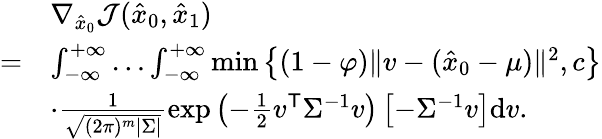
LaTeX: \begin{array}{rl}&{\nabla_{\hat{x}_{0}}\mathcal{J}(\hat{{x}}_{0},\hat{{x}}_{1})}\\ {=}&{\int_{-\infty}^{+\infty}\ldots\int_{-\infty}^{+\infty}\operatorname*{min}\big\{ (1-\varphi)\| {v}-(\hat{{x}}_{0}-{\mu})\| ^{2},c\big\} }\\ &{\cdot\frac{1}{\sqrt{(2\pi)^{m}|{\Sigma}|}}\exp\left(-\frac{1}{2}{v}^{\mathsf{T}}{\Sigma}^{-1}{v}\right)\left[-{\Sigma}^{-1}{v}\right]\mathrm{d}{v}.}\end{array}